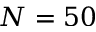
N = 5 0